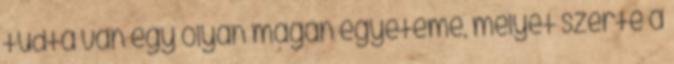
tudta van egy olyan magán egyeteme, melyet szerte a